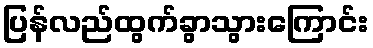
ပြန်လည်ထွက်ခွာသွားကြောင်း